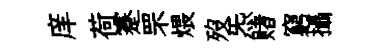
庠荷蹇罘煨歿炁赌窮攝